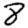
Digit: 8